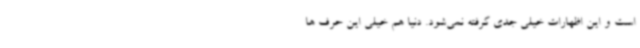
است و این اظهارات خیلی جدی گرفته نمی‌شود. دنیا هم خیلی این حرف ها